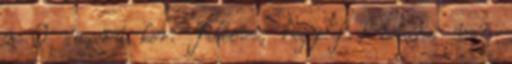
r 0 sugarú kör. Feltéve, hogy f konstans, van